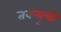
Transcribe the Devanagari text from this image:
तकयूची